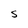
Character: S